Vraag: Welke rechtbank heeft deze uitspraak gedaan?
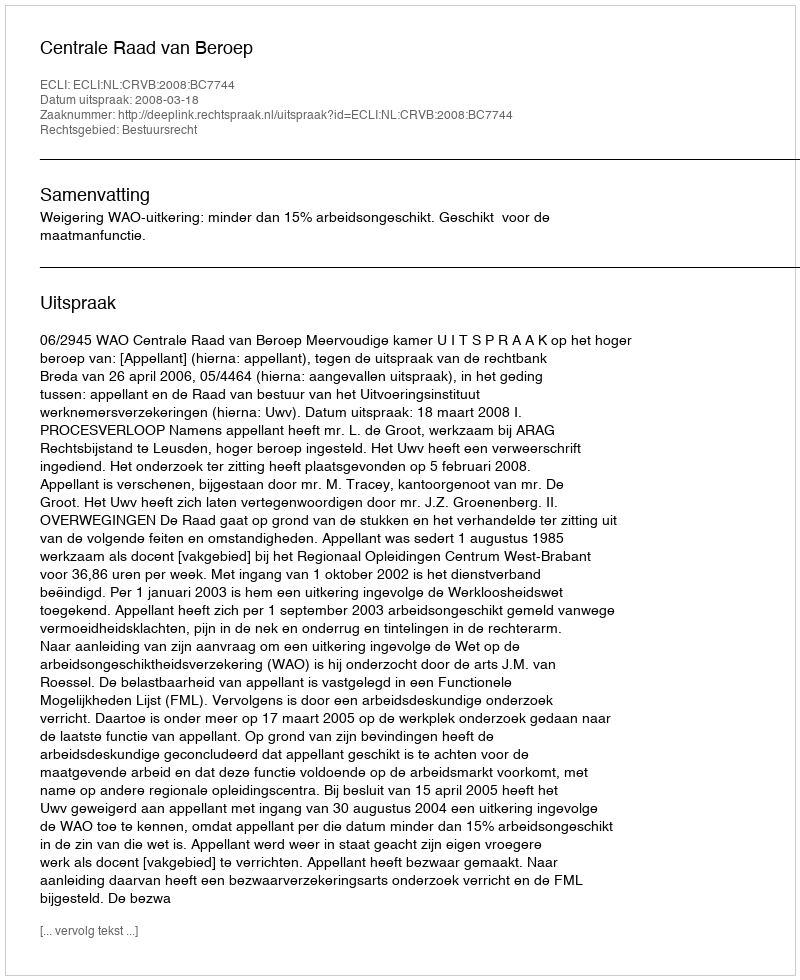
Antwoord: Centrale Raad van Beroep